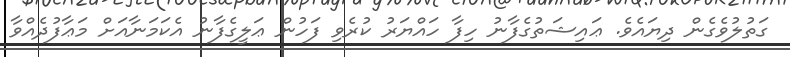
ގަތުލުވެގެން ދިޔައެވެ. ޢައިޝަތުގެފާނު ހިފާ ހައްޔަރު ކުރެވި ފަހުން ޢަލީގެފާނު އެކަމަނާއަށް މަޢާފުދެއްވާ